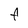
Character: F